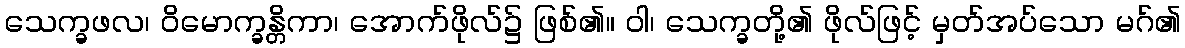
သေက္ခဖလ၊ ဝိမောက္ခန္တိကာ၊ အောက်ဖိုလ်၌ ဖြစ်၏။ ဝါ၊ သေက္ခတို့၏ ဖိုလ်ဖြင့် မှတ်အပ်သော မဂ်၏